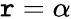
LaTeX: \mathtt{r}=\alpha